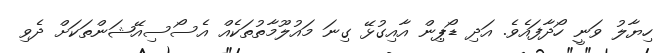
ހިޔާލު ވަނީ ހޯދާފައެވެ. އަދި ޑޯޕިން އާއިގުޅޭ ގިނަ މައުލޫމާތުތަކެއް އެސޯސިއޭޝަންތަކަށް ދެވި